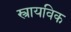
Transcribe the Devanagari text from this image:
स्त्रायविक